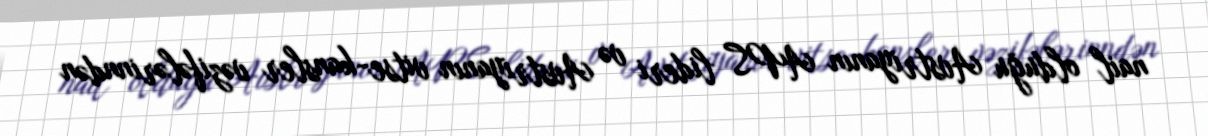
nail olduğu Avstriyanın APS lideri və Avstriyanın vitse-kansler vəzifələrinndən